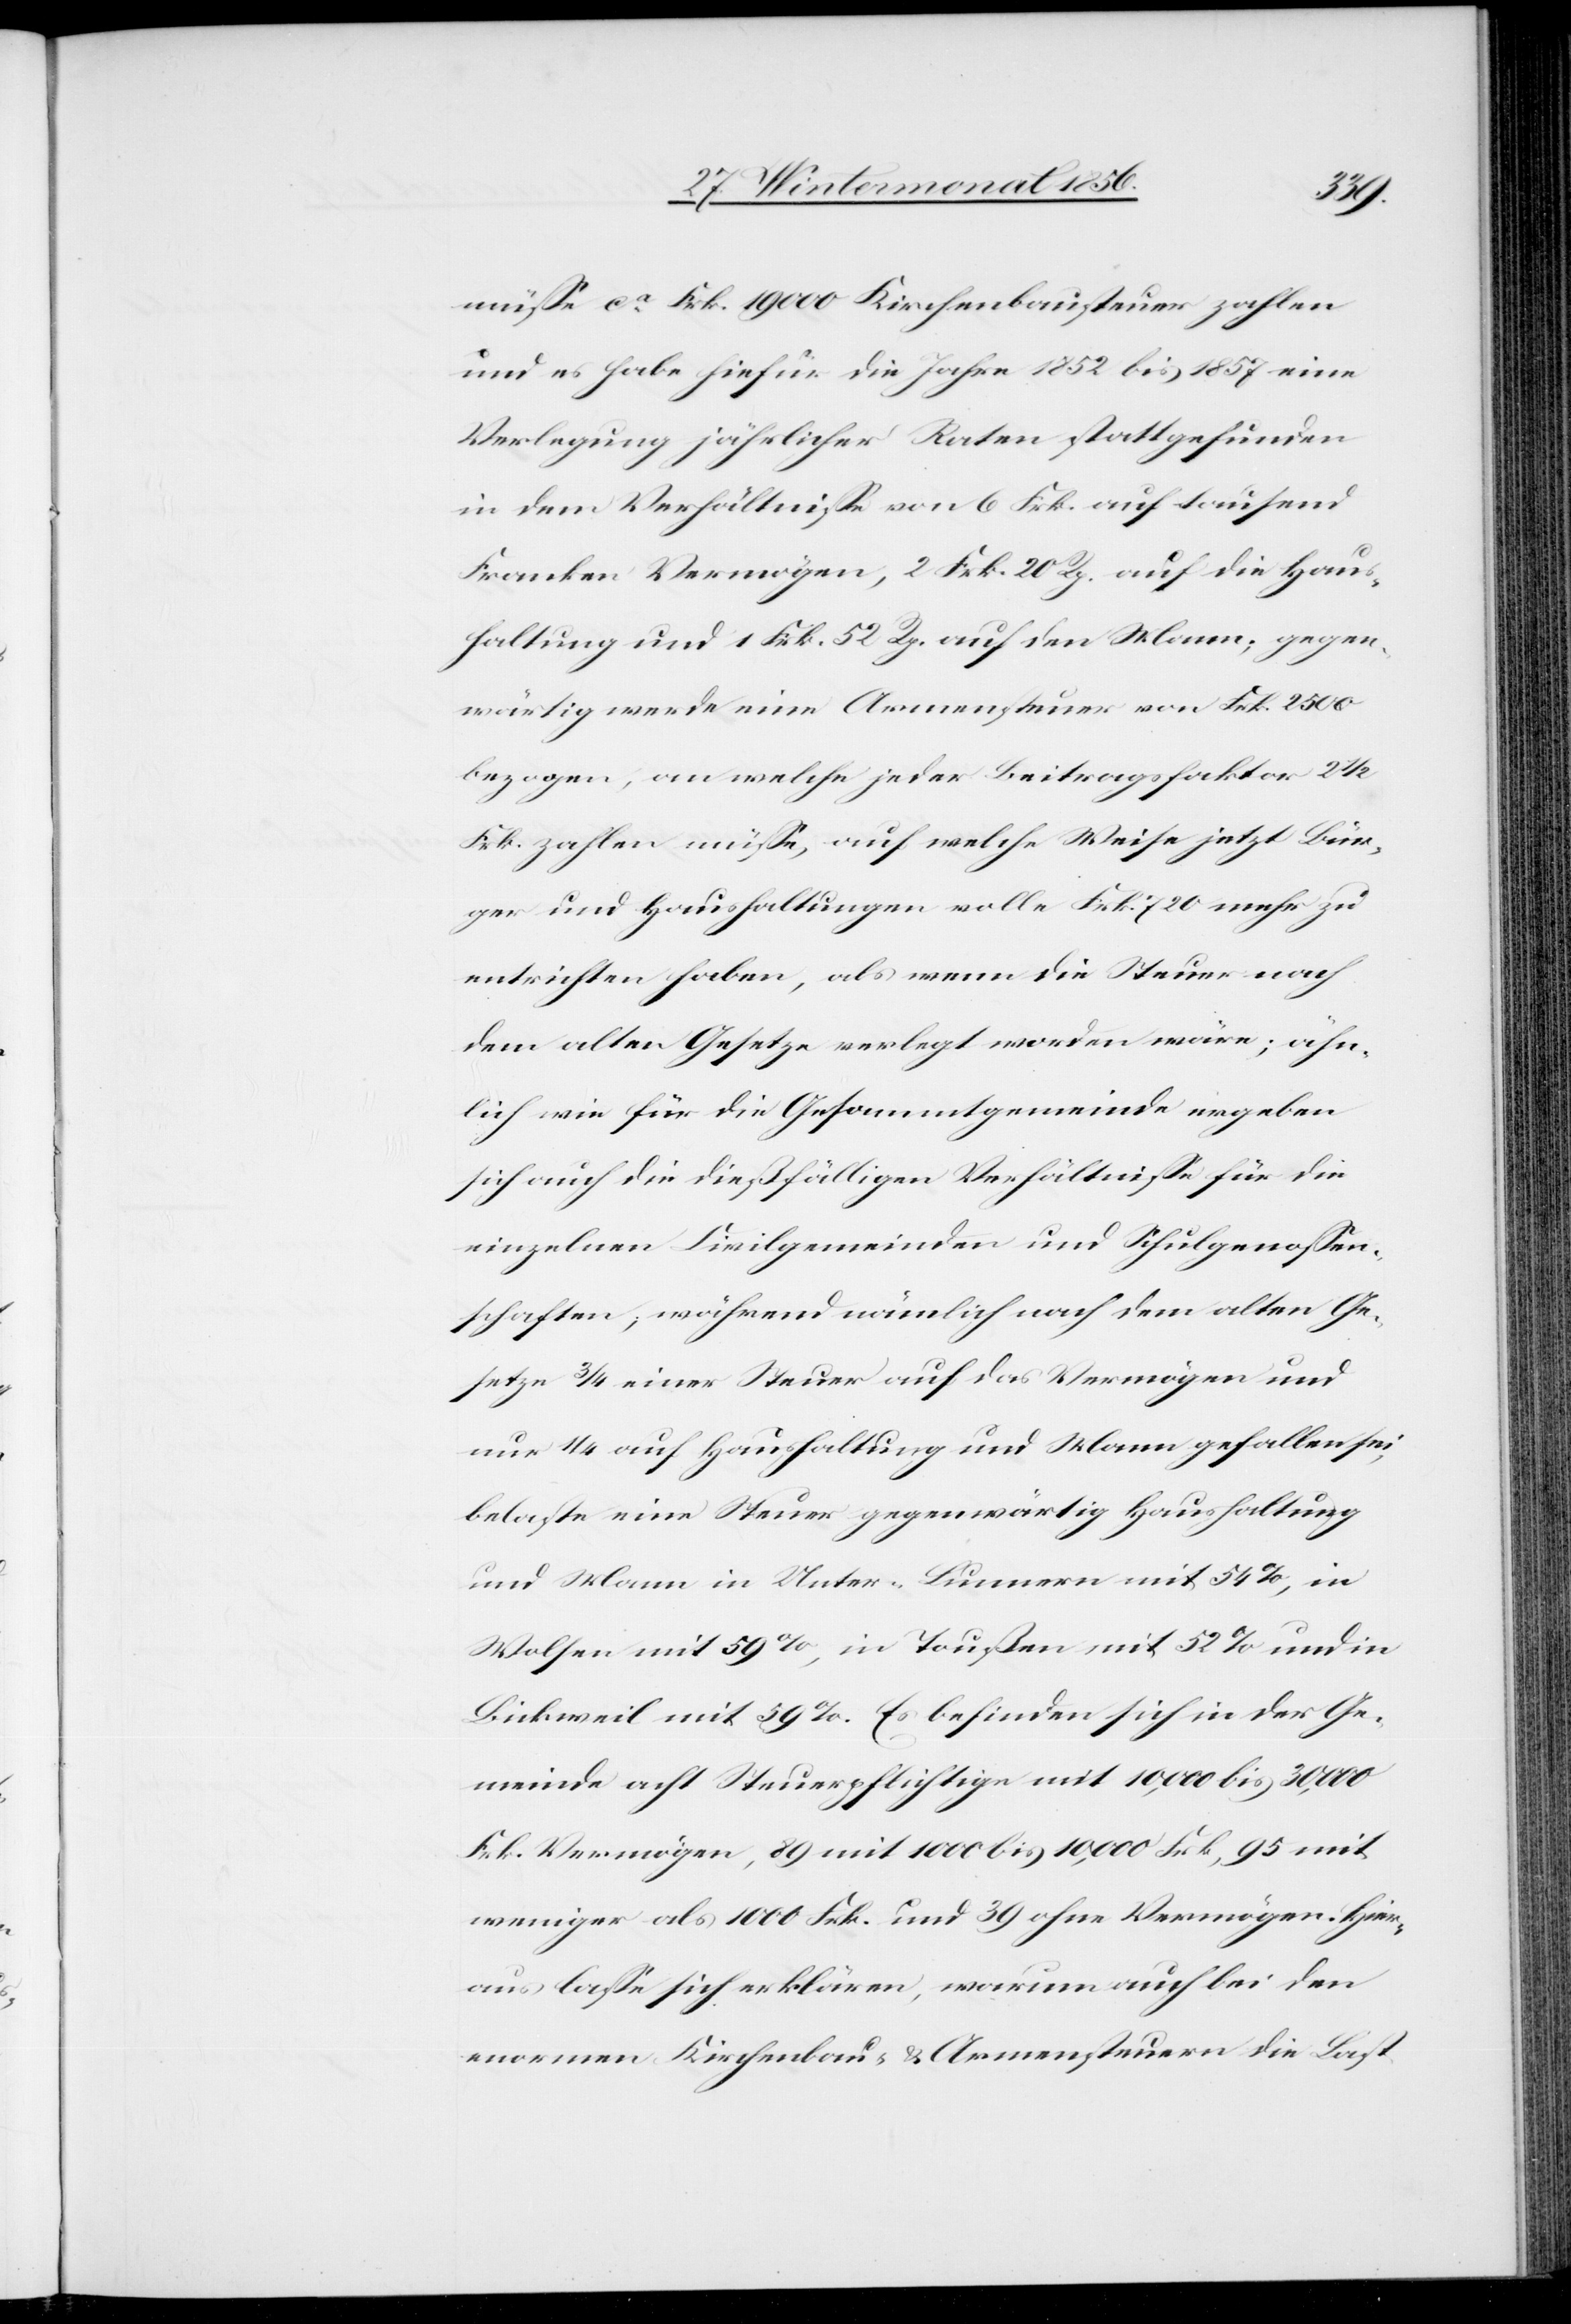
müsse ca Frk. 19 000 Kirchenbausteuer zahlen
und es habe hiefür die Jahre 1852 bis 1857 eine
Verlegung jährlicher Raten stattgefunden
in dem Verhältnisse von 6 Frk. auf tausend
Franken Vermögen, 2 Frk. 20 Rp. auf die Haus¬
haltung und 1 Frk. 52 Rp. auf den Mann; gegen¬
wärtig werde eine Armensteuer von Frk. 2500
bezogen, an welche jeder Beitragsfaktor 2 ½
Frk. zahlen müsse, auf welche Weise jetzt Bür¬
ger und Haushaltungen volle Frk. 720 mehr zu
entrichten haben, als wenn die Steuer nach
dem alten Gesetze verlegt worden wäre; ähn¬
lich wie für die Gesammtgemeinde ergeben
sich auf die dießfälligen Verhältnisse für die
einzelnen Civilgemeinden und Schulgenossen¬
schaften; während nämlich nach dem alten Ge¬
setze ¾ einer Steuer auf das Vermögen und
nur ¼ auf Haushaltung und Mann gefallen sei,
belaste eine Steuer gegenwärtig Haushaltung
und Mann in Unter-Lunnern mit 54%, in
Wolfen mit 59%, in Toußen mit 52% und in
Bickweil mit 59%. Es befinden sich in der Ge¬
meinde acht Steuerpflichtige mit 10,000 bis 30,000
Frk. Vermögen, 89 mit 1000 Frk. bis 10,000 Frk., 95 mit
weniger als 1000 Frk. und 39 ohne Vermögen. Hier¬
aus lasse sich erklären, warum auch bei den
enormen Kirchenbau- & Armensteuern die Last